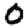
Digit: 0